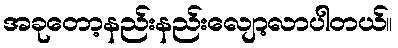
အခုတော့နည်းနည်းလျော့လာပါတယ်။